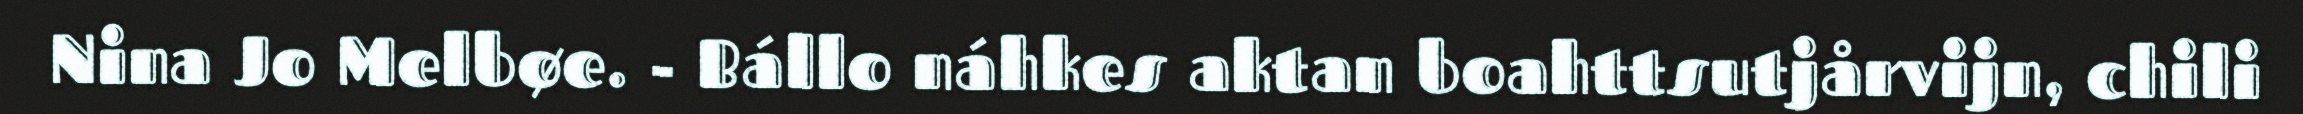
Nina Jo Melbøe. - Bállo náhkes aktan boahttsutjårvijn, chili